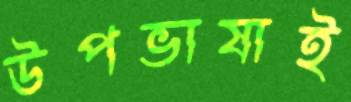
উপভাষাই